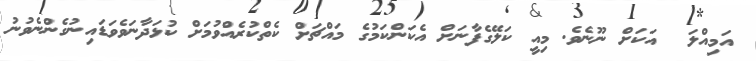
އަމިއްލަ  އަކަށް ނޫނެވެ. މިއީ ކަލޭގެފާނަށް އެކަންކަމުގެ މައްޗަށް ކެތްކުރެއްވުމަށް ކުޅަދާނަވެވަޑައިނުގެންނެވުނު